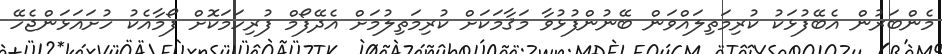
މެންބަރުން އެބޭފުޅަކު ކުރިމަތިލައްވަން ބޭނުންފުޅުވާ މަޤާމަކަށް ކުރިމަތިލުމަށް އެދޭފޯމް ފުރިހަމަކޮށް ފޯމާއެކު ހުށައަޅަންޖެހޭ